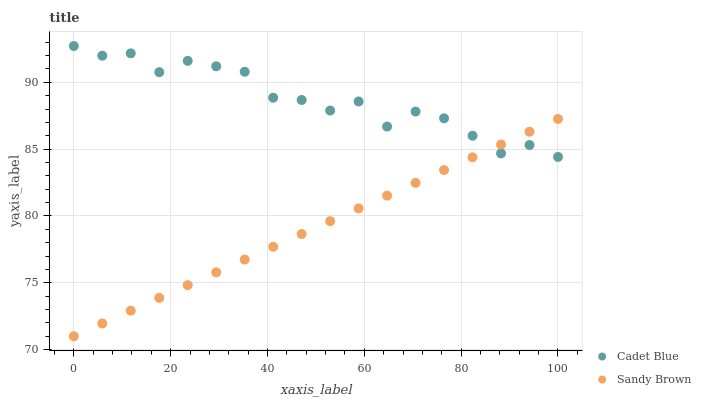
| xaxis_label | Cadet Blue | Sandy Brown |
 | --- | --- | --- |
 | 0 | 92.7 | 71 |
 | 5.88 | 92 | 72 |
 | 11.8 | 92.2 | 72.9 |
 | 17.6 | 90.8 | 73.9 |
 | 23.5 | 91.6 | 74.8 |
 | 29.4 | 91.2 | 75.8 |
 | 35.3 | 90.8 | 76.7 |
 | 41.2 | 88.9 | 77.7 |
 | 47.1 | 88.7 | 78.7 |
 | 52.9 | 87.9 | 79.6 |
 | 58.8 | 88.6 | 80.6 |
 | 64.7 | 86.7 | 81.5 |
 | 70.6 | 87.8 | 82.5 |
 | 76.5 | 87.3 | 83.4 |
 | 82.4 | 86 | 84.4 |
 | 88.2 | 84.7 | 85.4 |
 | 94.1 | 85.3 | 86.3 |
 | 100 | 84.4 | 87.3 |